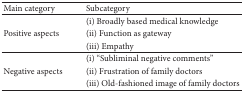
| Main category | Subcategory |
 | --- | --- |
 |  | (i) Broadly based medical knowledge |
 | Positive aspects | (ii) Function as gateway |
 |  | (iii) Empathy |
 |  | (i) “Subliminal negative comments” |
 | Negative aspects | (ii) Frustration of family doctors |
 |  | (iii) Old-fashioned image of family doctors |